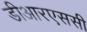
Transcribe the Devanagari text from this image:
डीआरएससी